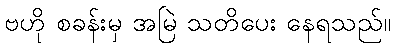
ဗဟို စခန်းမှ အမြဲ သတိပေး နေရသည်။